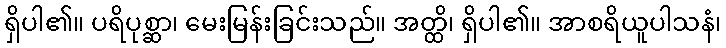
ရှိပါ၏။ ပရိပုစ္ဆာ၊ မေးမြန်းခြင်းသည်။ အတ္ထိ၊ ရှိပါ၏။ အာစရိယူပါသနံ၊